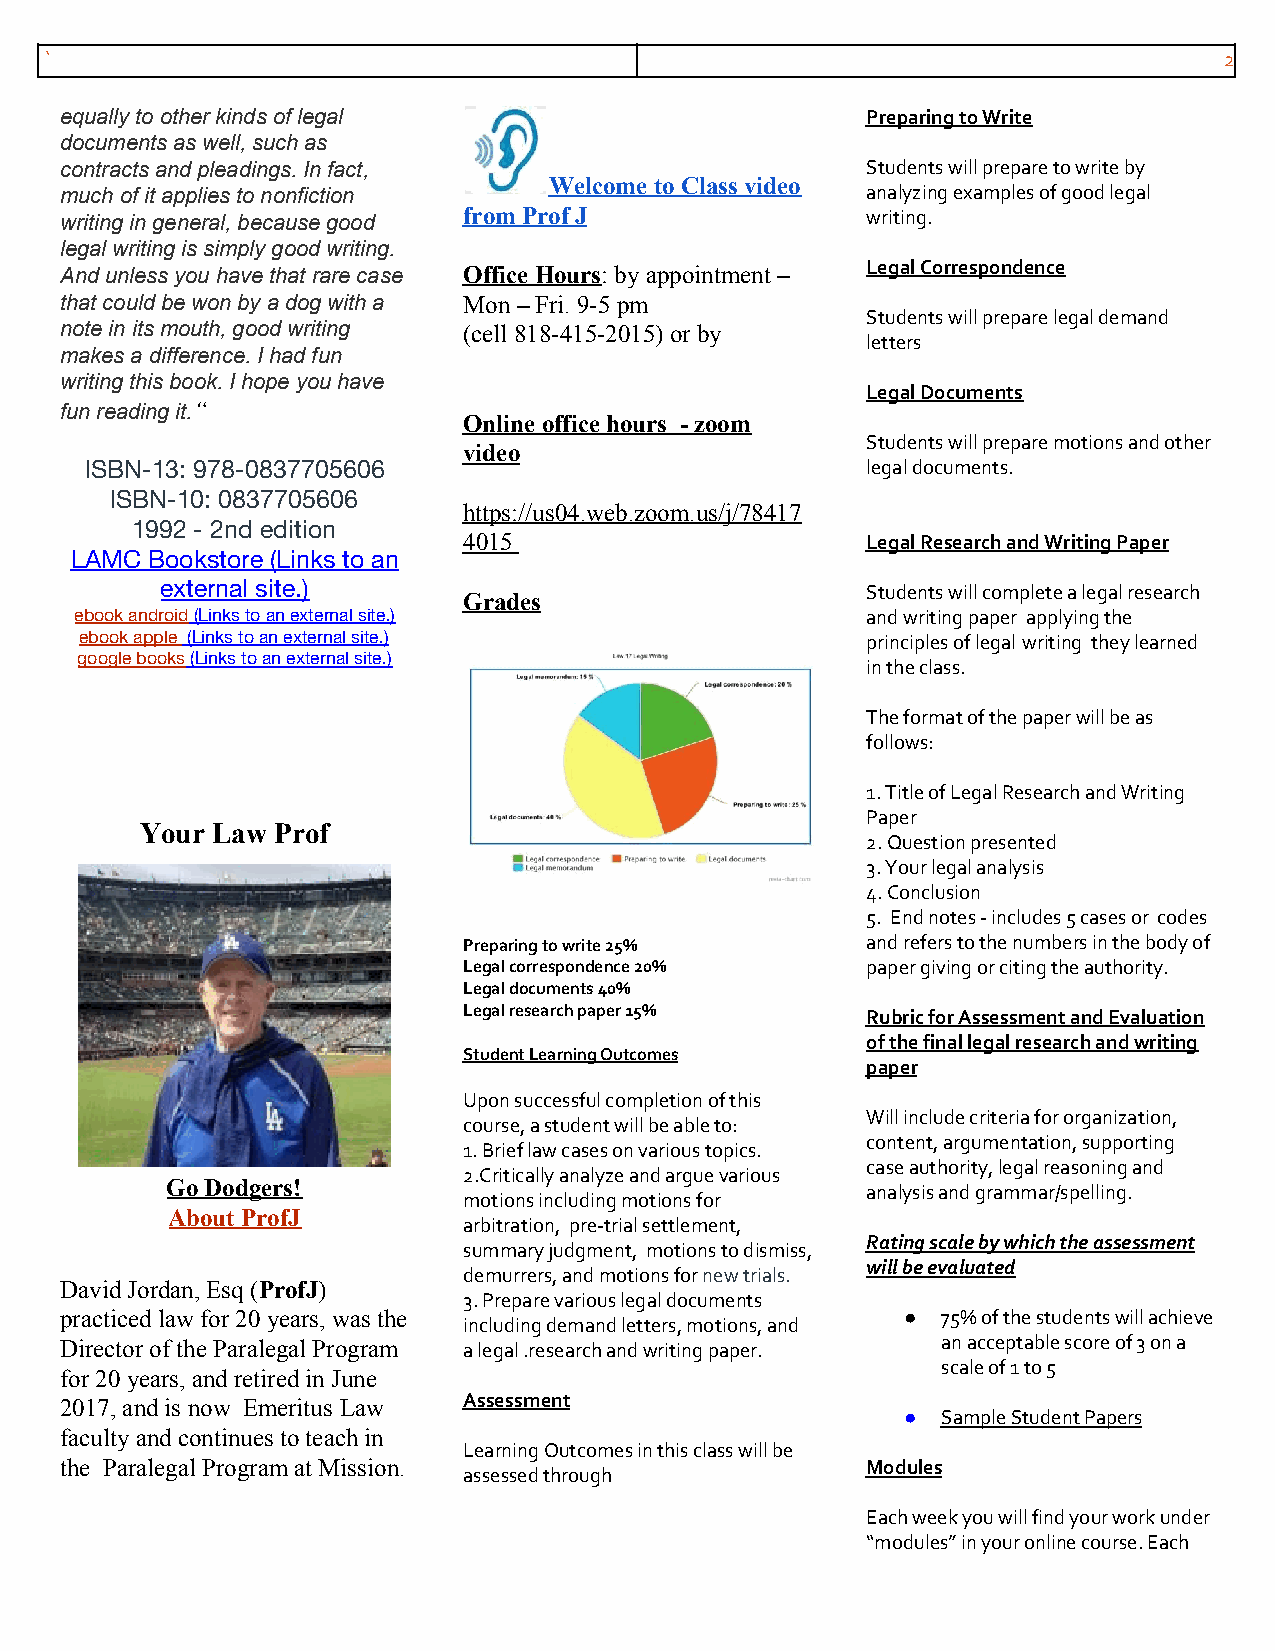
`                                                                             2
 equally to other kinds of legal                      Preparing to Write
 documents as well, such as
 contracts and pleadings. In fact,                    Students will prepare to write by
 Welcome to Class video
 much of it applies to nonfiction                     analyzing examples of good legal
 writing in general, because good from Prof J         writing.
 legal writing is simply good writing.
 And unless you have that rare case Office Hours: by appointment – Legal Correspondence
 ​
 that could be won by a dog with a Mon – Fri. 9-5 pm
 Students will prepare legal demand
 note in its mouth, good writing (cell 818-415-2015) or by
 letters
 makes a difference. I had fun
 writing this book. I hope you have
 Legal Documents
 fun reading it.“
 ​                  Online office hours - zoom
 Students will prepare motions and other
 video
 ISBN-13: 978-0837705606                            legal documents.
 ISBN-10: 0837705606
 https://us04.web.zoom.us/j/78417
 1992 - 2nd edition
 4015                      Legal Research and Writing Paper
 LAMC Bookstore (Links to an  ​
 external site.)                               Students will complete a legal research
 Grades
 ebook android (Links to an external site.)          and writing paper applying the
 ​
 ebook apple ​ (Links to an external site.)          principles of legal ​ ​writing they learned
 google books
 ​
 (Links to an external site.)
 in the class.
 The format of the paper will be as
 follows:
 1. Title of Legal Research and Writing
 Paper
 Your Law Prof
 2. Question presented
 3. Your legal analysis
 4. Conclusion
 5. End notes - includes 5 cases or codes
 Preparing to write 25%    and refers to the numbers in the body of
 Legal correspondence 20%  paper giving or citing the authority.
 Legal documents 40%
 Legal research paper 15%  Rubric for Assessment and Evaluation
 of the final legal research and writing
 Student Learning Outcomes
 paper
 Upon successful completion of this
 Will include criteria for organization,
 course, a student will be able to:
 content, argumentation, supporting
 1. Brief law cases on various topics.
 case authority, legal reasoning and
 2.Critically analyze and argue various
 Go Dodgers!
 analysis and grammar/spelling.
 motions including motions for
 About ProfJ
 arbitration, pre-trial settlement,
 Rating scale by which the assessment
 summary judgment, motions to dismiss,
 will be evaluated
 demurrers, and motions for new trials.
 David Jordan, Esq (ProfJ)                  ​
 ​   ​         3. Prepare various legal documents
 practiced law for 20 years, was the                     ● 75% of the students will achieve
 including demand letters, motions, and
 Director of the Paralegal Program a legal .research and writing paper. an acceptable score of 3 on a
 scale of 1 to 5
 for 20 years, and retired in June
 2017, and is now Emeritus Law Assessment
 ● Sample Student Papers
 faculty and continues to teach in
 Learning Outcomes in this class will be
 the Paralegal Program at Mission.                    Modules
 assessed through
 Each week you will find your work under
 “modules” in your online course. Each